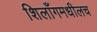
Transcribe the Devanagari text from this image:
शिलाँगमधीलच